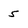
Character: 5